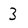
Character: 3